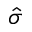
\hat { \sigma }